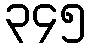
၃၄၅